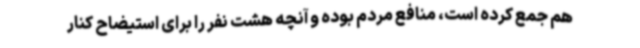
هم جمع کرده است، منافع مردم بوده و آنچه هشت نفر را برای استیضاح کنار